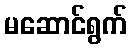
မဆောင်ရွက်